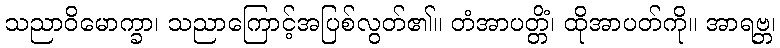
သညာဝိမောက္ခာ၊ သညာကြောင့်အပြစ်လွတ်၏။ တံအာပတ္တိံ၊ ထိုအာပတ်ကို။ အာရဗ္ဘ၊